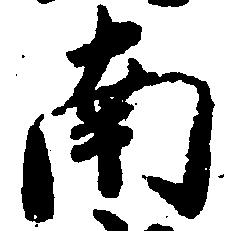
南